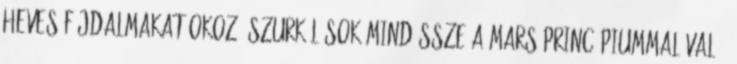
heves fájdalmakat okozó szurkálások mindössze a Mars princípiummal való,